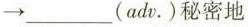
→ ___ (adv.)秘密地